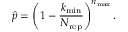
\widehat { p } = \left( 1 - \frac { k _ { \mathrm { m i n } } } { N _ { \mathrm { r e p } } } \right) ^ { n _ { \mathrm { m a x } } } .